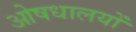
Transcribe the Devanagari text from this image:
ओषधालयों